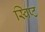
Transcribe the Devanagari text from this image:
स्विप्ट